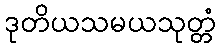
ဒုတိယသမယသုတ္တံ